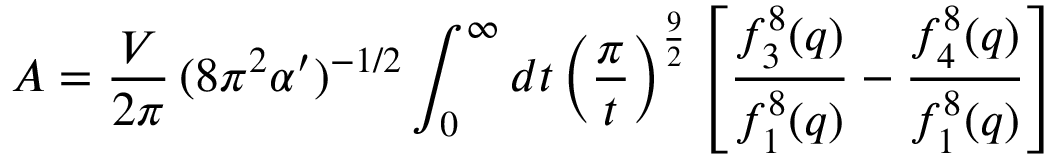
{ \cal A } = { \frac { V } { 2 \pi } } \, ( 8 \pi ^ { 2 } \alpha ^ { \prime } ) ^ { - 1 / 2 } \int _ { 0 } ^ { \infty } d t \left( { \frac { \pi } { t } } \right) ^ { \frac { 9 } { 2 } } \left[ { \frac { f _ { 3 } ^ { 8 } ( q ) } { f _ { 1 } ^ { 8 } ( q ) } } - { \frac { f _ { 4 } ^ { 8 } ( q ) } { f _ { 1 } ^ { 8 } ( q ) } } \right]